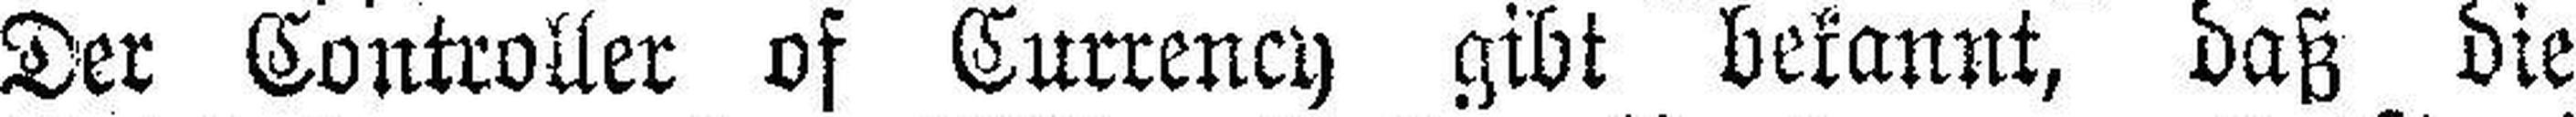
Der Controller of Currency gibt bekannt, daß die